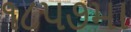
૧૮૫૭મા